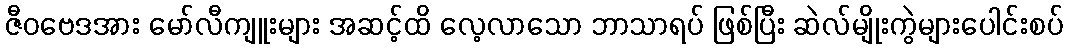
ဇီဝဗေဒအား မော်လီကျူးများ အဆင့်ထိ လေ့လာသော ဘာသာရပ် ဖြစ်ပြီး ဆဲလ်မျိုးကွဲများပေါင်းစပ်